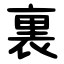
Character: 裏